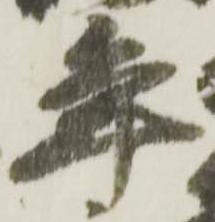
年